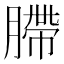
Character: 䐭